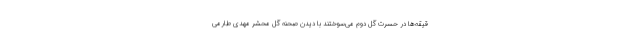
قیقه‌ها در حسرت گل دوم می‌سوختند با دیدن صحنه گل محشر مهدی طارمی